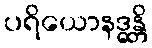
ပရိယောနဒ္ဓန္တိ